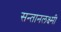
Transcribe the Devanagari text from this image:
सन्तानलक्ष्मी